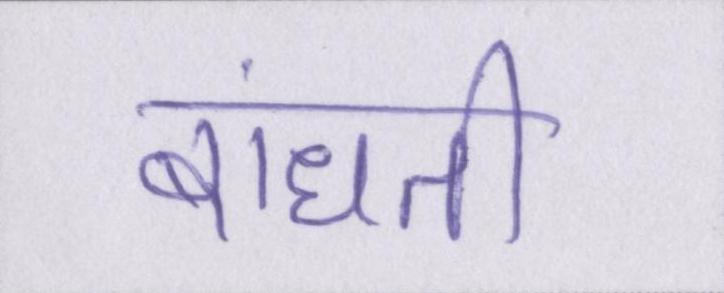
बांधती